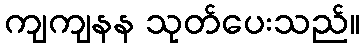
ကျကျနန သုတ်ပေးသည်။